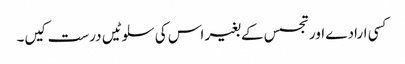
کسی ارادے اور تجسس کے بغیر اس کی سلوٹیں درست کیں۔